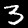
Label: 3